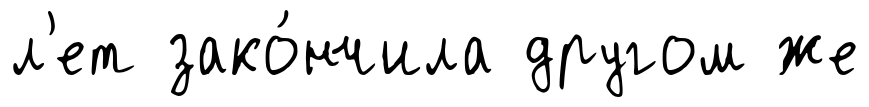
л'ет зако́нчила другом же